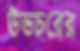
উভচরের